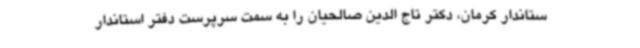
ستاندار کرمان، دکتر تاج الدین صالحیان را به سمت سرپرست دفتر استاندار